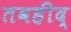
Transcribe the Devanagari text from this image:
तवहीद्